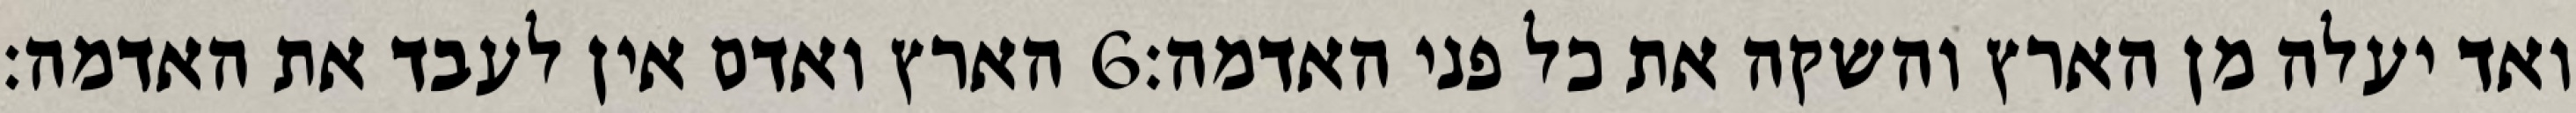
הארץ ואדם אין לעבד את האדמה׃ ‎6‏ ואד יעלה מן הארץ והשקה את כל פני האדמה׃